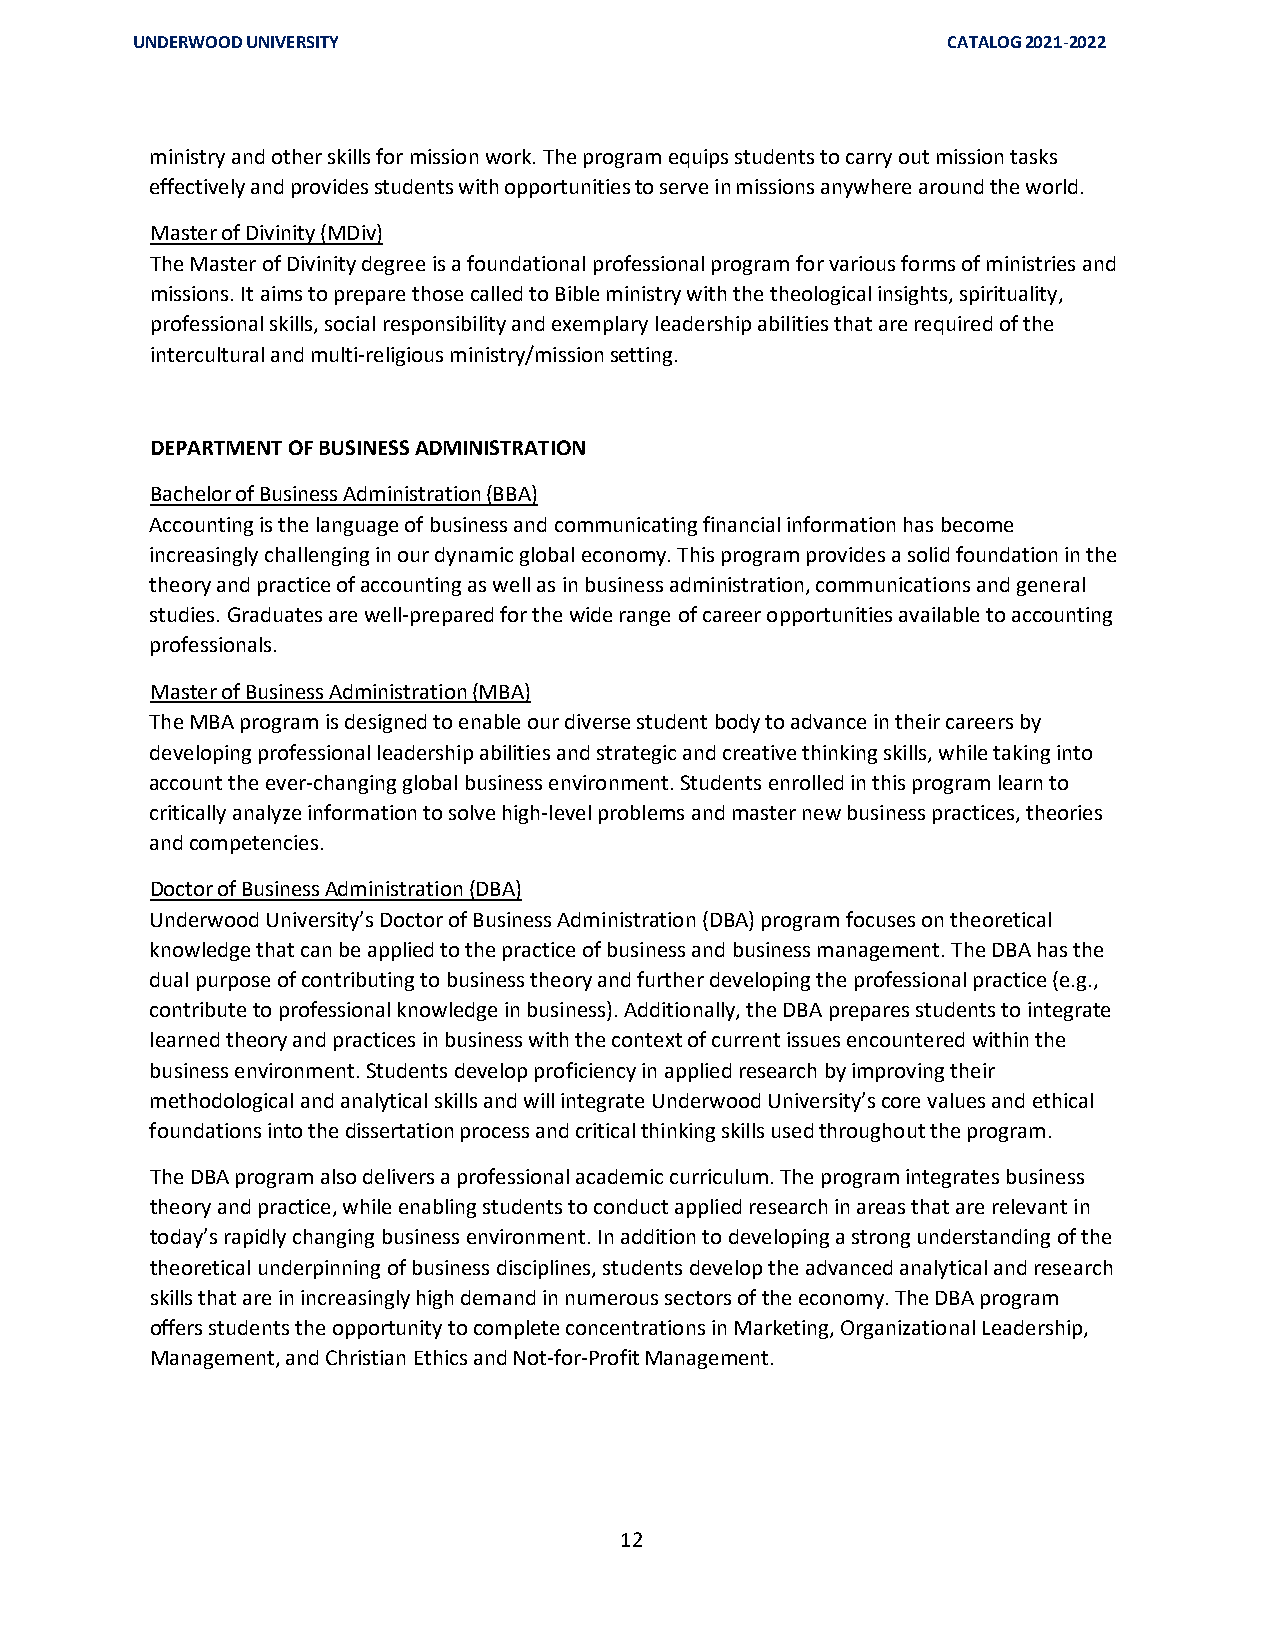
UNDERWOOD UNIVERSITY                                  CATALOG 2021-2022
 ministry and other skills for mission work. The program equips students to carry out mission tasks
 effectively and provides students with opportunities to serve in missions anywhere around the world.
 Master of Divinity (MDiv)
 The Master of Divinity degree is a foundational professional program for various forms of ministries and
 missions. It aims to prepare those called to Bible ministry with the theological insights, spirituality,
 professional skills, social responsibility and exemplary leadership abilities that are required of the
 intercultural and multi-religious ministry/mission setting.
 DEPARTMENT OF BUSINESS ADMINISTRATION
 Bachelor of Business Administration (BBA)
 Accounting is the language of business and communicating financial information has become
 increasingly challenging in our dynamic global economy. This program provides a solid foundation in the
 theory and practice of accounting as well as in business administration, communications and general
 studies. Graduates are well-prepared for the wide range of career opportunities available to accounting
 professionals.
 Master of Business Administration (MBA)
 The MBA program is designed to enable our diverse student body to advance in their careers by
 developing professional leadership abilities and strategic and creative thinking skills, while taking into
 account the ever-changing global business environment. Students enrolled in this program learn to
 critically analyze information to solve high-level problems and master new business practices, theories
 and competencies.
 Doctor of Business Administration (DBA)
 Underwood University’s Doctor of Business Administration (DBA) program focuses on theoretical
 knowledge that can be applied to the practice of business and business management. The DBA has the
 dual purpose of contributing to business theory and further developing the professional practice (e.g.,
 contribute to professional knowledge in business). Additionally, the DBA prepares students to integrate
 learned theory and practices in business with the context of current issues encountered within the
 business environment. Students develop proficiency in applied research by improving their
 methodological and analytical skills and will integrate Underwood University’s core values and ethical
 foundations into the dissertation process and critical thinking skills used throughout the program.
 The DBA program also delivers a professional academic curriculum. The program integrates business
 theory and practice, while enabling students to conduct applied research in areas that are relevant in
 today’s rapidly changing business environment. In addition to developing a strong understanding of the
 theoretical underpinning of business disciplines, students develop the advanced analytical and research
 skills that are in increasingly high demand in numerous sectors of the economy. The DBA program
 offers students the opportunity to complete concentrations in Marketing, Organizational Leadership,
 Management, and Christian Ethics and Not-for-Profit Management.
 12